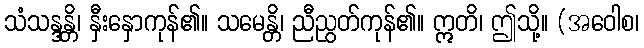
သံသန္ဒန္တိ၊ နှီးနှောကုန်၏။ သမေန္တိ၊ ညီညွတ်ကုန်၏။ ဣတိ၊ ဤသို့။ (အဝေါစ၊